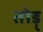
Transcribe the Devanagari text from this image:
तोड़्